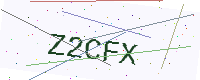
Text: Z2CFX